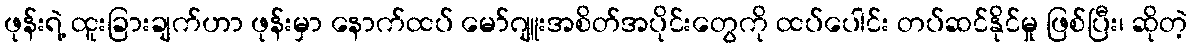
ဖုန်းရဲ့ ထူးခြားချက်ဟာ ဖုန်းမှာ နောက်ထပ် မော်ဂျူးအစိတ်အပိုင်းတွေကို ထပ်ပေါင်း တပ်ဆင်နိုင်မှု ဖြစ်ပြီး၊ ဆိုတဲ့